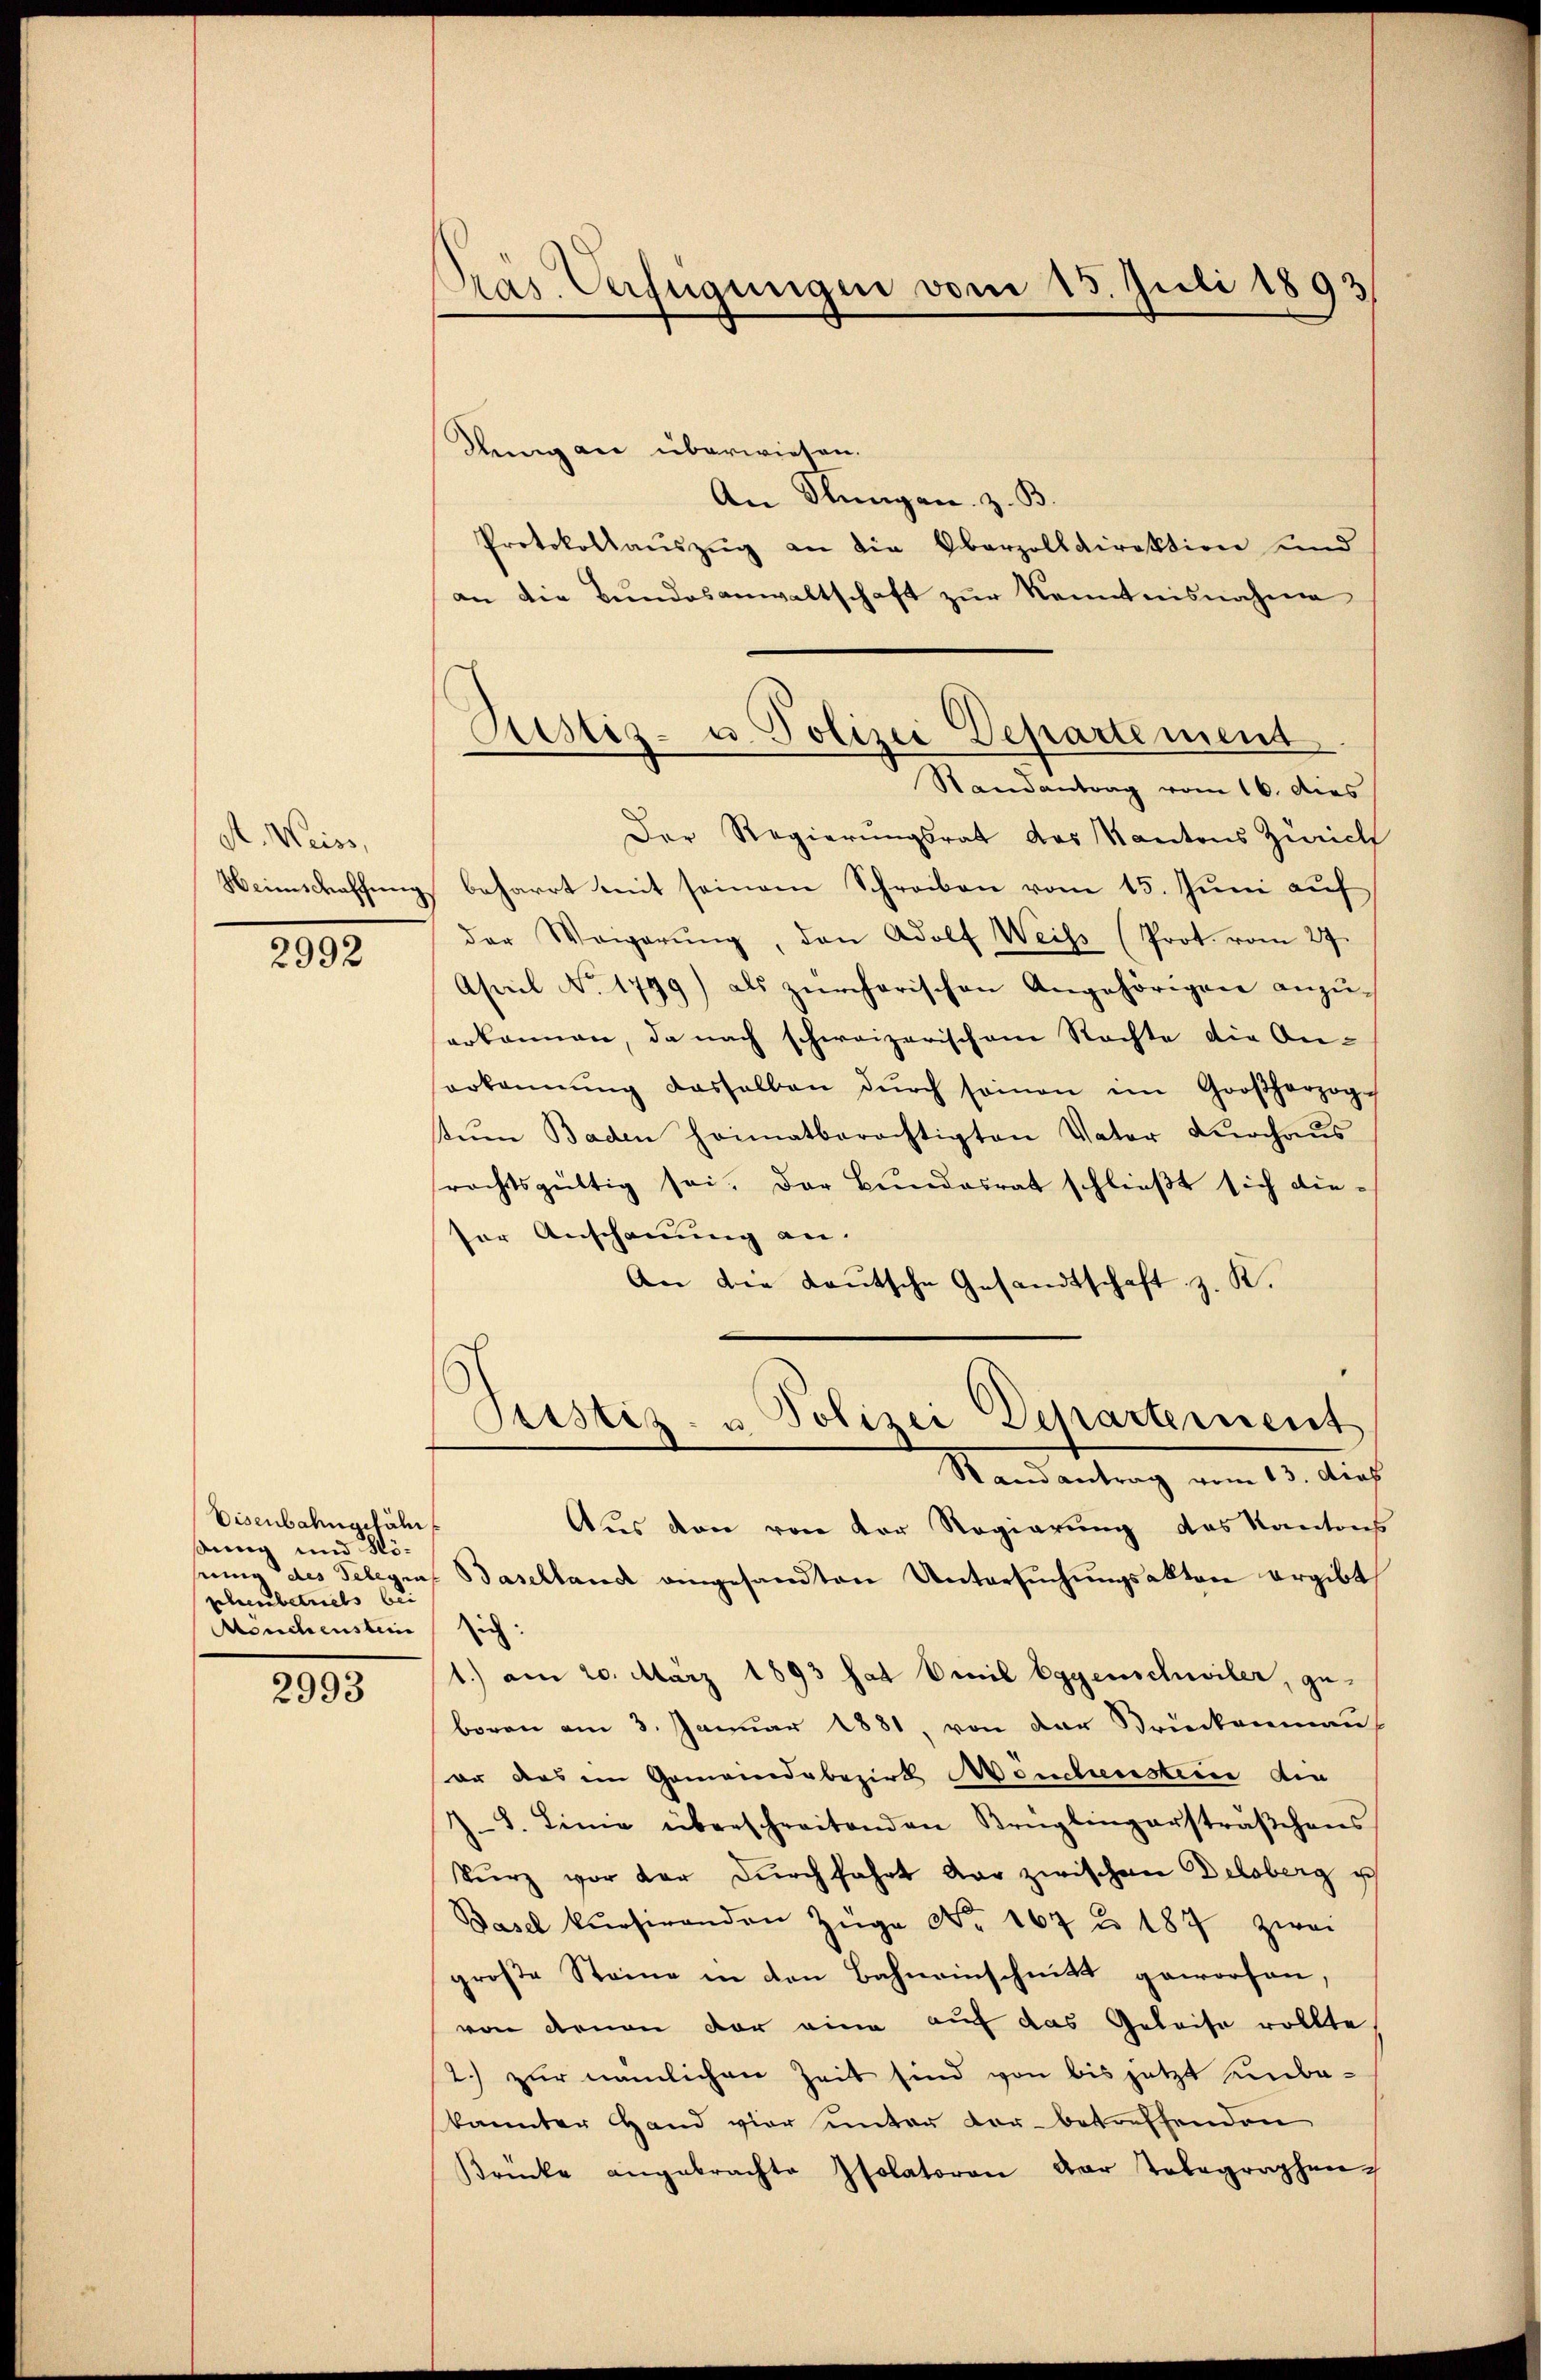
A. Weiss,
Heimschaffung

2992

Eisenbahngefähi
dung und Höschaubetuels bei
Manchenstein

2993

Pras Verfügungen vom 15. Juli 1893

Reng an überwiesen.
An Flungen z. B.
Protokollauszug an die Oberzolldirektion und
an die Bundesanwaltschaft zur Kenntnisnahme
Der Regierungsrat das Kantons Zürich
beharrt mit seinem Schreiben vom 15. Juni auf
der Weigerŭng, den Adolf Weiss (Prot. vom 27.
April No 1799) als zürcherischen Angehörigen anzu-
serkannen, da nach schweizerischem Rechte die An-
serkannŭng dasselben dŭrch seinen im Großherzog-
tŭm Baden heimatberechtigten Vater Durchaus
rachtsgültig sei. Der Bundesrat schlieβt sich dieser Anschauung an.
An die deutsche Gesandtschaft z. K.
Pustiz- u Polizei Departement
Randantrag vom 13. dies
Aus den von der Regierung des Kantons
nung des Telegra, Baselland eingesandten Untersŭchŭngsakten ergibt,
ich:
1.) am 20. März 1893 hat Emil Eggenschwiler, geboren am 3. Januar 1881, von der Streckenman
er das im Gemeindebezirk Mönchenstein die
J.S. Linie überschreitenden Krüglingersträβchens
kŭrz vor der dŭrchfahrt dar zwischen Delsberg ich
Basel kŭrsirenden Züge No. 167 u. 187 zwei
große Steine in den Bahneinschnitt geworfen,
von denen vor eine auf das Geleise wollte
2.) zur nämlichen Zeit sind von bis jetzt unbekannter Hand vier unter vor- betreffenden
Brücke angebrachte Isolatoren der Telegraphen

Ristis- u. Polizei Departement
Randantrag vom 16. dies